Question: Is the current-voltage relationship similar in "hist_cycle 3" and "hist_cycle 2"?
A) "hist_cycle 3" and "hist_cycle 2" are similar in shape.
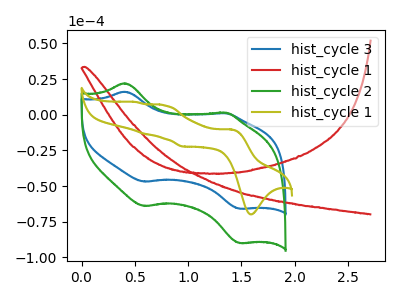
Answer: <think>The blue curve "hist_cycle 3" has anodic peaks at (0.40V, 16.10uA) (1.35V, 1.05uA) and cathodic peaks at (0.60V, -46.85uA) (1.50V, -65.90uA). The red curve "hist_cycle 1" has no peaks. The green curve "hist_cycle 2" has anodic peaks at (0.40V, 22.00uA) (1.35V, 1.40uA) and cathodic peaks at (0.60V, -64.00uA) (1.50V, -89.95uA). The olive curve "hist_cycle 1" has anodic peaks at (1.40V, -10.35uA) (0.75V, 6.55uA) (0.60V, -13.45uA) (0.50V, 8.85uA) and cathodic peaks at (1.60V, -69.80uA) (0.95V, -22.30uA).
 All the peaks in "hist_cycle 3" have a peak in "hist_cycle 2" at the same potential. Every peak in "hist_cycle 3" is lower than every peak in "hist_cycle 2".</think>
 <answer>A) "hist_cycle 3" and "hist_cycle 2" are similar in shape.</answer>
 <eval>A</eval>